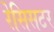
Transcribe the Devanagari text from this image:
रेसिसटर